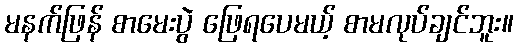
မနက်ဖြန် စာမေးပွဲ ဖြေရပေမယ့် စာမလုပ်ချင်ဘူး။